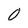
Character: 0